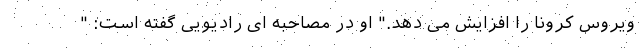
ویروس کرونا را افزایش می دهد." او در مصاحبه ای رادیویی گفته است: "